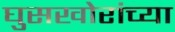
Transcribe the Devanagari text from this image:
घुसखोरांच्या